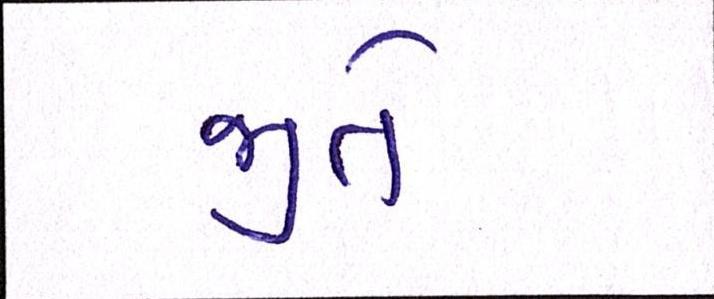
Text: જીતે